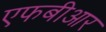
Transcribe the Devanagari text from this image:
एफबीआर